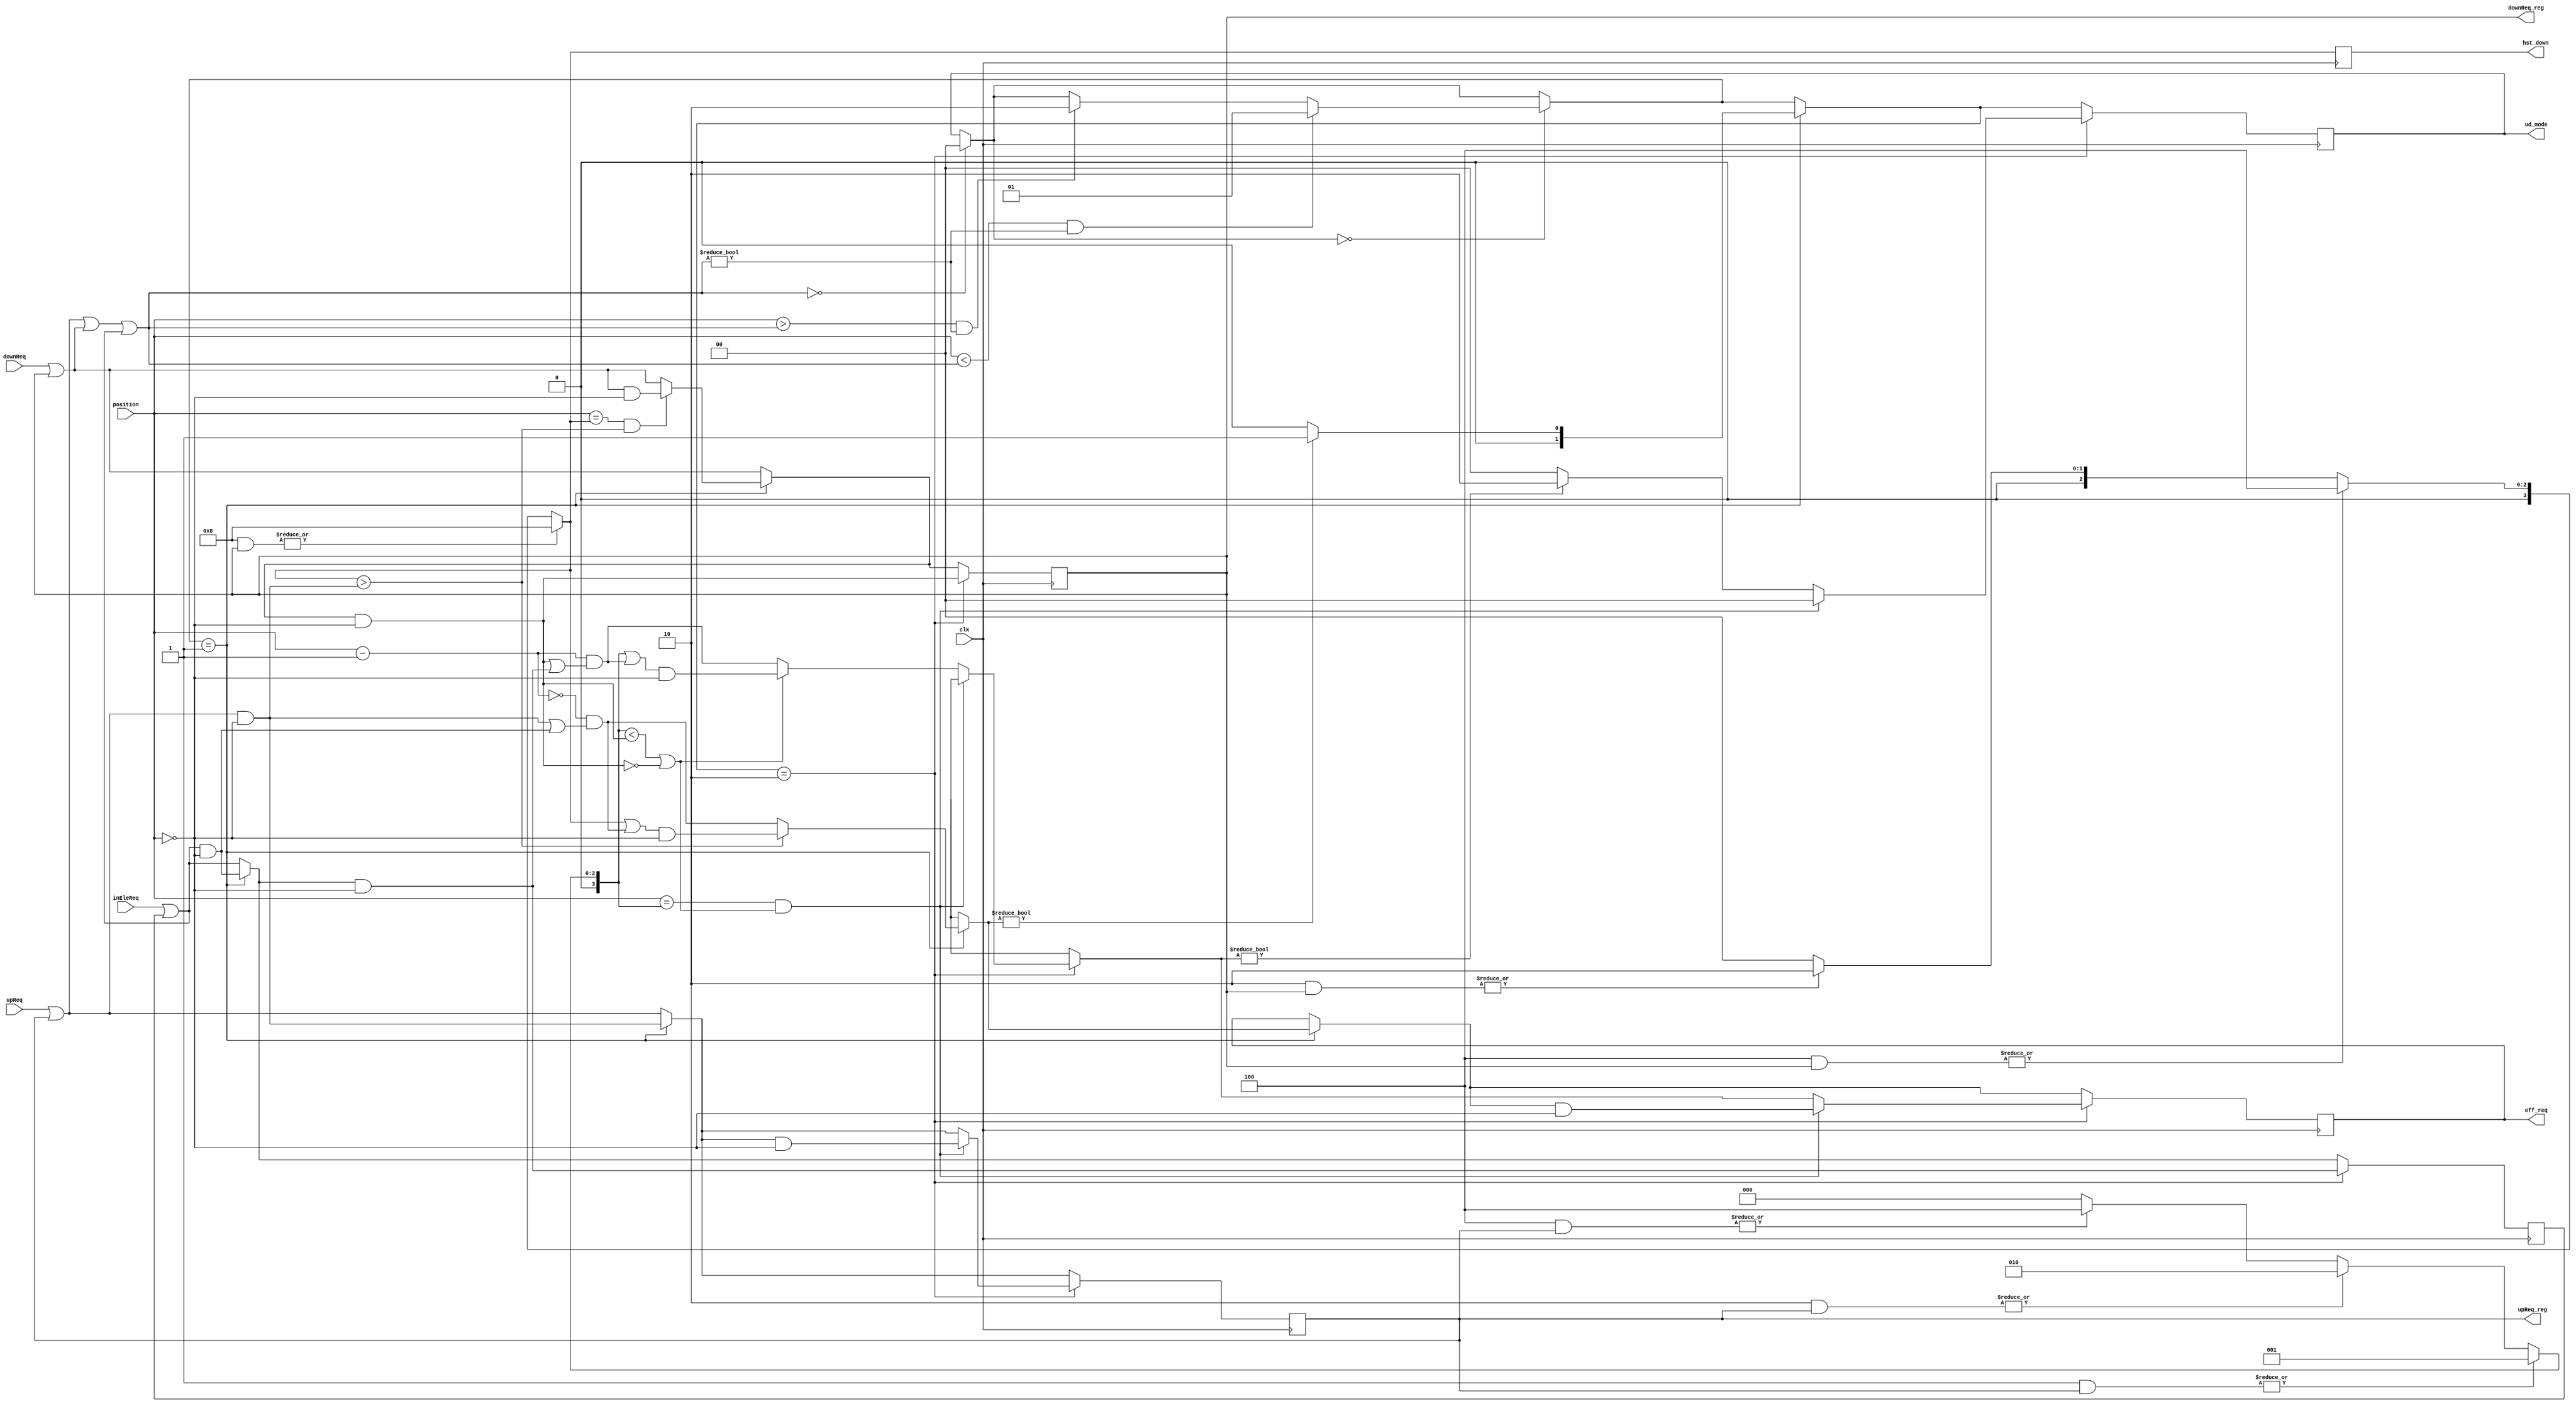
// 
// rq_process rq_process0(eff_req,ud_mode,clk32hz,upReq,downReq,inEleReq,position)
module rq_process(eff_req,ud_mode,upReq_reg,downReq_reg,hst_down,clk,upReq,downReq,inEleReq,position);
/*
** 
** eff_req      : 
** ud_mode      : (00_,01_,10_)
** 
** clk(clk32hz) : 32Hz
** upReq        : 
** downReq      : 
** inEleReq     : 
** position     : 
*/
input clk;
input [3:0] upReq,downReq,inEleReq,position;
output reg [1:0] ud_mode; //00_no require,01_up mode,10_down mode
output reg [3:0] eff_req;
output reg [3:0] upReq_reg=4'd0;
output reg [3:0] downReq_reg=4'd0;
reg [3:0] inEleReq_reg=4'd0;
reg [3:0] allReq_reg;
output reg [3:0] hst_down;
reg [3:0] lst_up;

always @(posedge clk)         // 
    begin
		if(|(4'b1000 & downReq_reg)==1) hst_down = 4'b1000;
		else if(|(4'b0100 & downReq_reg)==1) hst_down = 4'b0100;
		else if(|(4'b0010 & downReq_reg)==1) hst_down = 4'b0010;
		else hst_down = 4'b0000;
		if(|(4'b0001 & upReq_reg)==1) lst_up = 4'b0001;
		else if(|(4'b0010 & upReq_reg)==1) lst_up = 4'b0010;
		else if(|(4'b0100 & upReq_reg)==1) lst_up = 4'b0100;
		else lst_up = 4'b0000;

		upReq_reg=upReq | upReq_reg;     
        downReq_reg=downReq | downReq_reg; 
        inEleReq_reg=inEleReq | inEleReq_reg;
		allReq_reg = upReq_reg|downReq_reg|inEleReq_reg;
		if (allReq_reg==4'b0000) ud_mode=2'b00;

		if (ud_mode==2'b00)
		begin
			allReq_reg = upReq_reg|downReq_reg|inEleReq_reg;
			if (position<allReq_reg && allReq_reg!=4'b0000) ud_mode=2'b01;         // 
            else if (position>allReq_reg && allReq_reg!=4'b0000) ud_mode=2'b10;  // 
		end
		if (ud_mode==2'b01)
		begin
			upReq_reg    = upReq_reg    & (~position);    // 
			inEleReq_reg = inEleReq_reg & (~position);
			if (position==hst_down && hst_down>upReq_reg) 
			begin				
				downReq_reg  = downReq_reg & (~position);
				eff_req = eff_req & (~position);
				ud_mode=2'b00;
			end
			eff_req = ((~(position-4'b0001)) & (upReq_reg | inEleReq_reg));
			if (hst_down>upReq_reg) eff_req = (hst_down | eff_req) & (~position);
			if (eff_req != 4'b0000) ud_mode = 2'b01;
			else ud_mode = 2'b00;
		end
		if (ud_mode==2'b10)
		begin
				downReq_reg  = (downReq_reg  & (~position));    // 
				inEleReq_reg = (inEleReq_reg & (~position));
			if (position==lst_up && (lst_up<downReq_reg || downReq_reg==4'b0000))
			begin
				upReq_reg = upReq_reg & (~position);
				eff_req = eff_req & (~position);
				ud_mode=2'b00;
			end
			else
			begin
				eff_req = ((position-4'b0001) & (downReq_reg | inEleReq_reg));
				if (lst_up<downReq_reg || downReq_reg==4'b0000) eff_req = (lst_up | eff_req) & (~position);
				if (eff_req != 4'b0000) ud_mode = 2'b10;
				else ud_mode = 2'b00;
			end
		end
	end

endmodule

// 
// rq_interface rq_interface0(upReq,downReq,upInput,downInput);
module rq_interface(upReq,downReq,upInput,downInput);
/*
** 
** upReq     : 
** downReq   : 
** 
** upInput   :
** downInput :
*/
input [2:0] upInput,downInput;
output [3:0] upReq,downReq;

assign upReq = {1'b0,upInput};
assign downReq = {downInput,1'b0};

endmodule